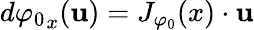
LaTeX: d{\varphi_{0}}_{x}({\mathbf{u}})=J_{\varphi_{0}}(x)\cdot{\mathbf{u}}